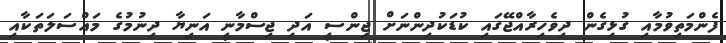
ފެންމަތިވުމާއި ގުޅިގެން ދިވެހިރާއްޖޭގައި ކުޑަކުދިންނަށް ޖިންސީ އަދި ޖިސްމާނީ އަނިޔާ ދިނުމުގެ މައްސަލަތަކާއި